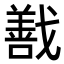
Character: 𭟽